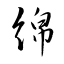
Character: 綿